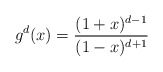
\begin{align*}g^d(x)=\frac{(1+x)^{d-1}}{(1-x)^{d+1}}\end{align*}